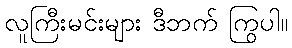
လူကြီးမင်းများ ဒီဘက် ကြွပါ။